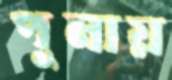
পুনায়